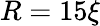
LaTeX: R=15\xi